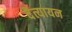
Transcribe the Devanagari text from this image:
दैत्यायन